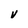
Character: V